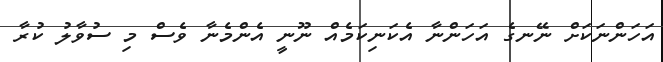
އަހަންނަކަށް ނޭނގެ އަހަންނާ އެކަނިކަމެއް ނޫނީ އެންމެނާ ވެސް މި ސުވާލު ކުރާ